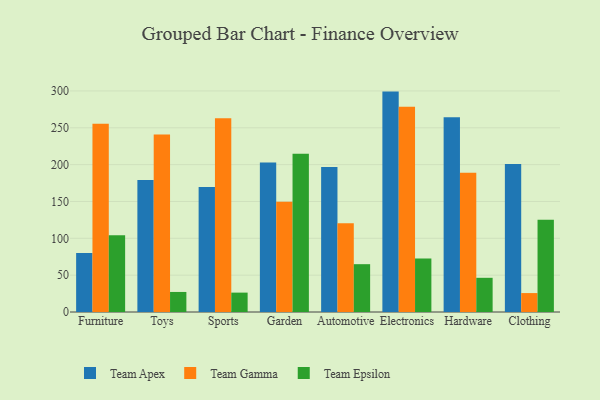
{"axis": {"x": "Category", "y": "Production Output"}, "legend": ["Team Apex", "Team Epsilon", "Team Gamma"], "data": [{"x": "Furniture", "y": 80.0, "type": "Team Apex"}, {"x": "Furniture", "y": 255.4, "type": "Team Gamma"}, {"x": "Furniture", "y": 104.1, "type": "Team Epsilon"}, {"x": "Toys", "y": 179.1, "type": "Team Apex"}, {"x": "Toys", "y": 240.8, "type": "Team Gamma"}, {"x": "Toys", "y": 27.2, "type": "Team Epsilon"}, {"x": "Sports", "y": 169.6, "type": "Team Apex"}, {"x": "Sports", "y": 263.0, "type": "Team Gamma"}, {"x": "Sports", "y": 26.3, "type": "Team Epsilon"}, {"x": "Garden", "y": 202.8, "type": "Team Apex"}, {"x": "Garden", "y": 149.5, "type": "Team Gamma"}, {"x": "Garden", "y": 214.6, "type": "Team Epsilon"}, {"x": "Automotive", "y": 196.9, "type": "Team Apex"}, {"x": "Automotive", "y": 120.6, "type": "Team Gamma"}, {"x": "Automotive", "y": 64.9, "type": "Team Epsilon"}, {"x": "Electronics", "y": 299.1, "type": "Team Apex"}, {"x": "Electronics", "y": 278.5, "type": "Team Gamma"}, {"x": "Electronics", "y": 72.5, "type": "Team Epsilon"}, {"x": "Hardware", "y": 264.2, "type": "Team Apex"}, {"x": "Hardware", "y": 189.0, "type": "Team Gamma"}, {"x": "Hardware", "y": 46.4, "type": "Team Epsilon"}, {"x": "Clothing", "y": 200.9, "type": "Team Apex"}, {"x": "Clothing", "y": 25.7, "type": "Team Gamma"}, {"x": "Clothing", "y": 125.2, "type": "Team Epsilon"}]}